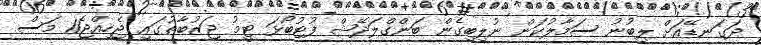
ދަގަނޑޭއަށް ލިބުނު ސަމާލުކަން ނުލިބިގެން ބަންގްލަދޭޝް ފުޓުބޯޅަ ޓީމު ޖަޒުބާތުގައި ޖެހިއްޖެ11 މަސް